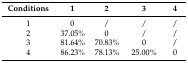
<table><thead><tr><td><b>Conditions</b></td><td><b>1</b></td><td><b>2</b></td><td><b>3</b></td><td><b>4</b></td></tr></thead><tbody><tr><td>1</td><td>0</td><td>/</td><td>/</td><td>/</td></tr><tr><td>2</td><td>37.05%</td><td>0</td><td>/</td><td>/</td></tr><tr><td>3</td><td>81.64%</td><td>70.83%</td><td>0</td><td>/</td></tr><tr><td>4</td><td>86.23%</td><td>78.13%</td><td>25.00%</td><td>0</td></tr></tbody></table>